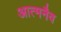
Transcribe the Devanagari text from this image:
आत्मनैव